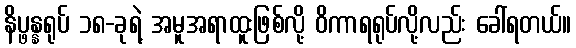
နိပ္ဖန္နရုပ် ၁၈-ခုရဲ့ အမူအရာထူးဖြစ်လို့ ဝိကာရရုပ်လို့လည်း ခေါ်ရတယ်။